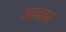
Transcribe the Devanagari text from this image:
आदमकर